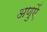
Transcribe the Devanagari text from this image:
अणुऐं